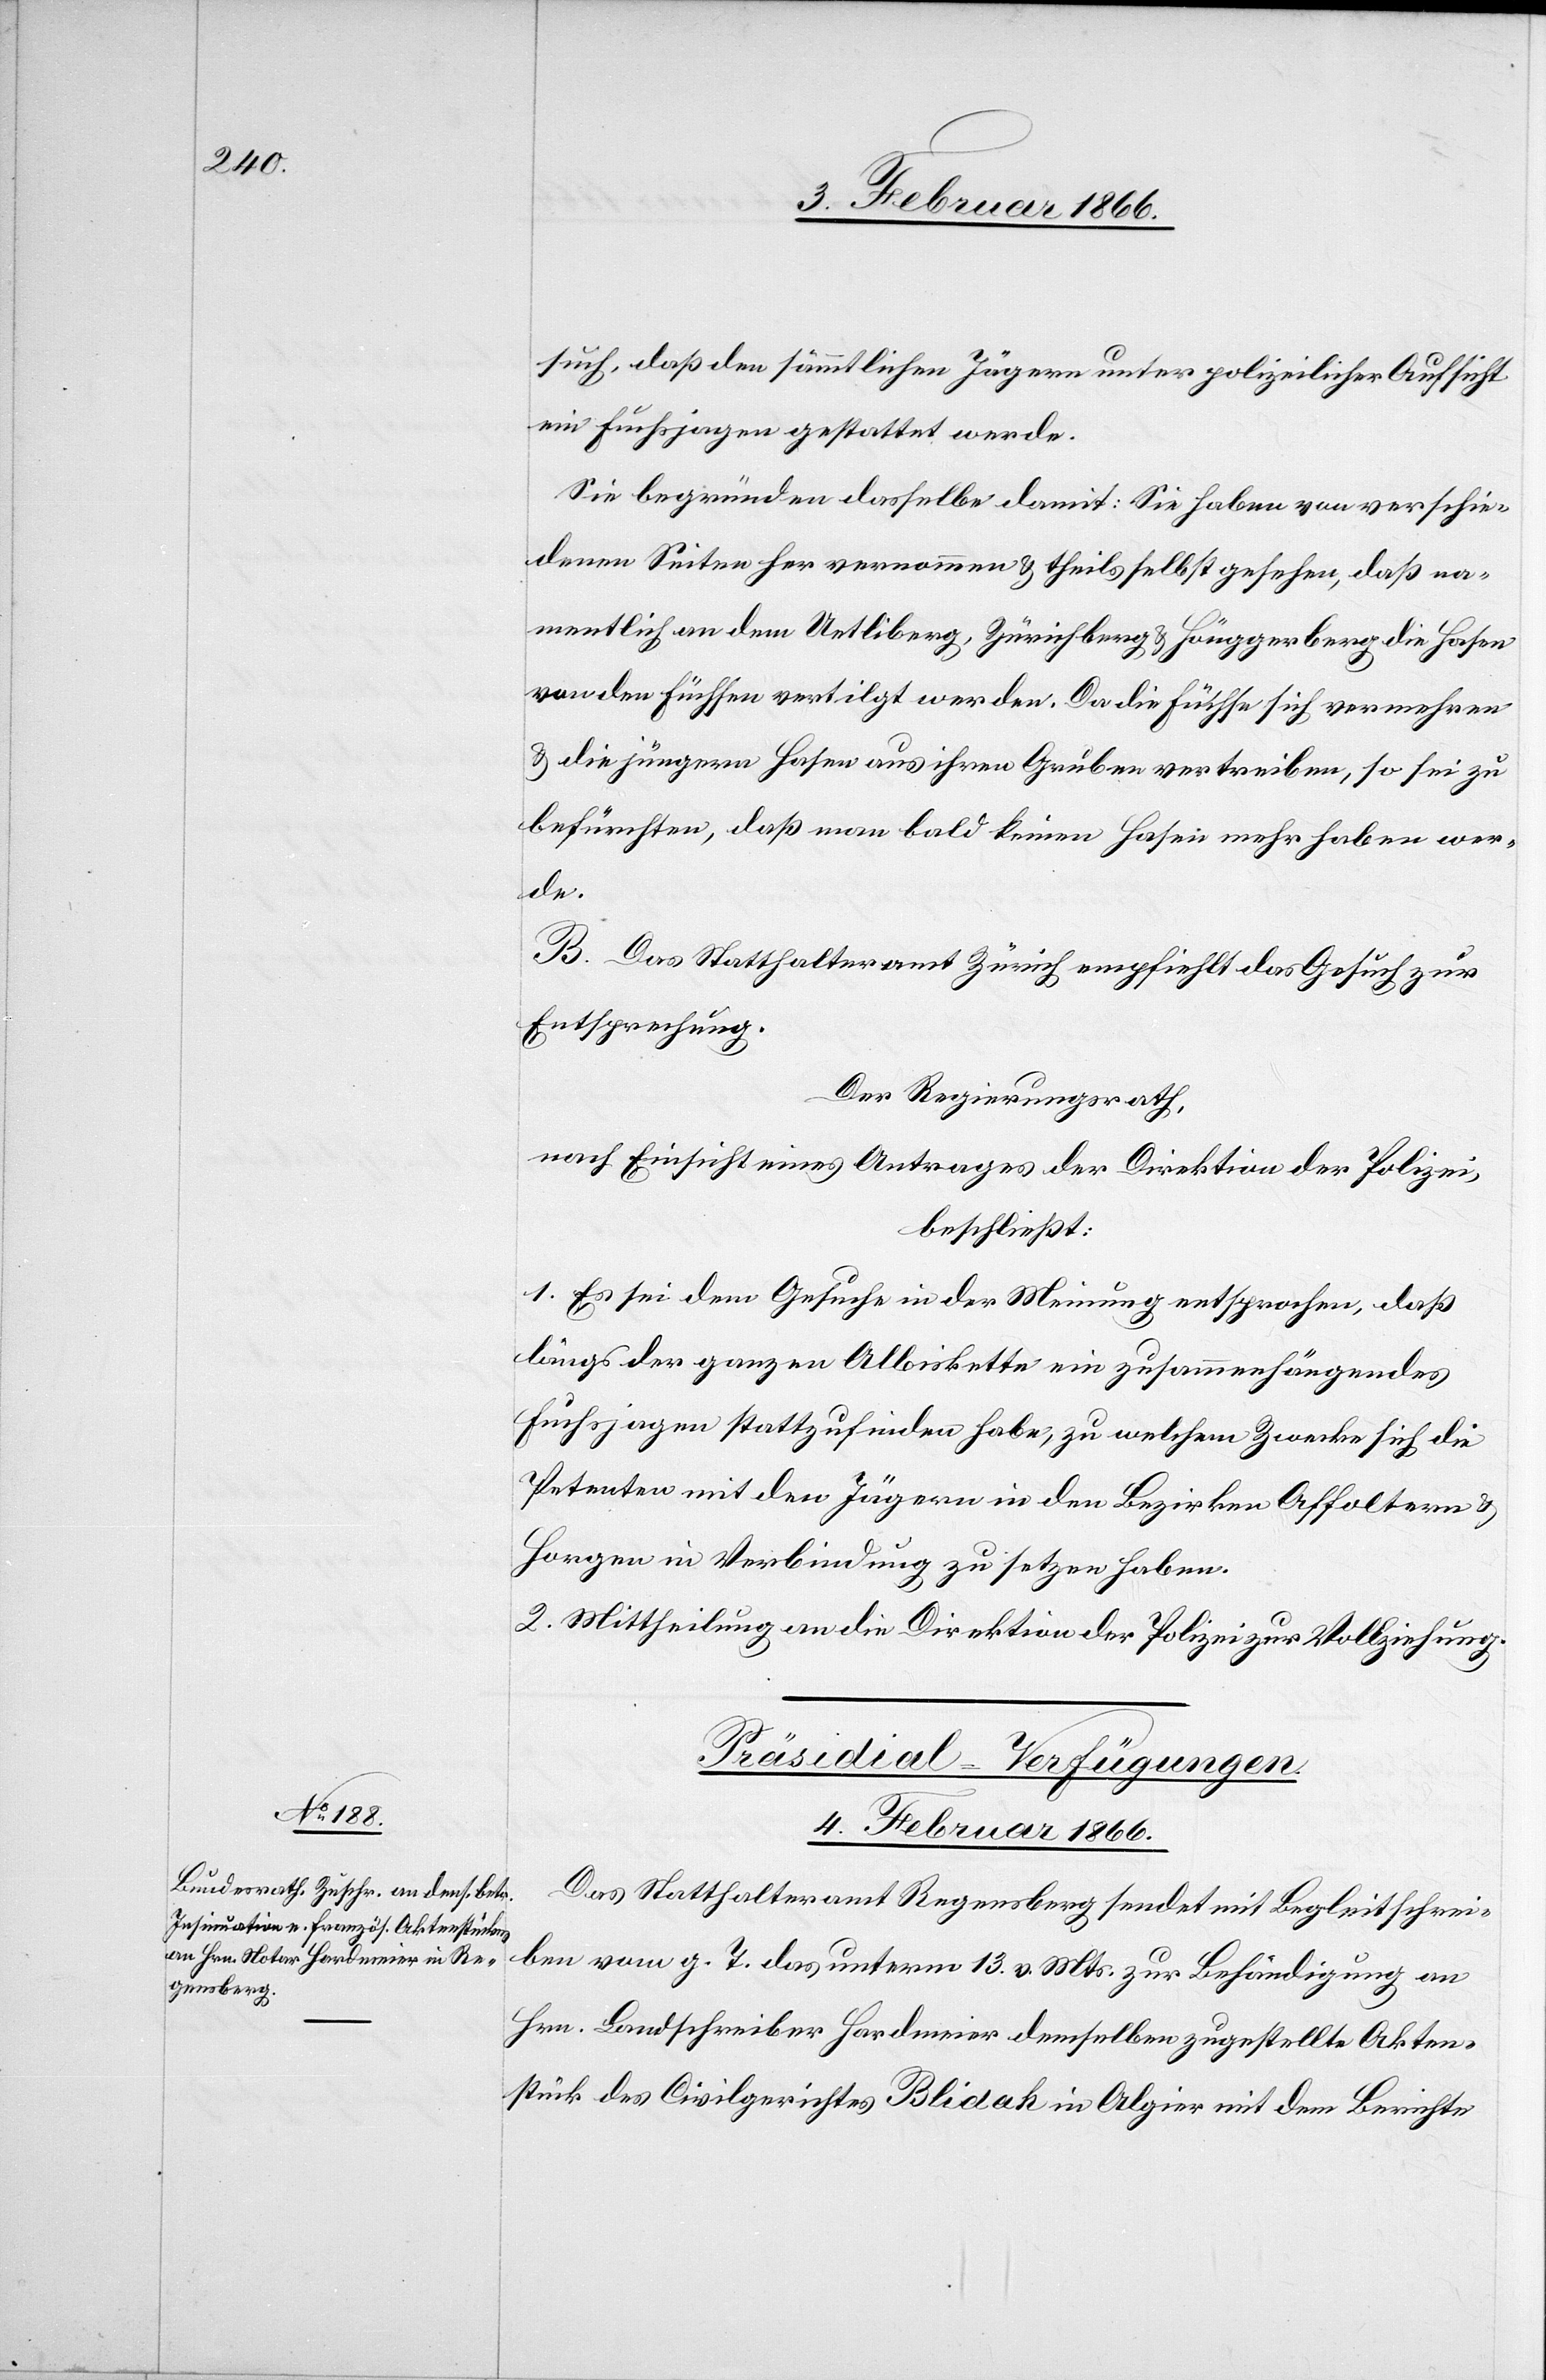
such, daß den sämmtlichen Jägern unter polizeilicher Aufsicht
ein Fuchsjagen gestattet werde.
Sie begründen dasselbe damit: Sie haben von verschie¬
denen Seiten her vernommen u. theils selbst gesehen, daß na¬
mentlich an dem Uetliberg, Zürichberg u. Hönggerberg die Hasen
von den Füchsen vertilgt werden. Da die Füchse sich vermehren
u. die jüngern Hasen aus ihren Gruben vertreiben, so sei zu
befürchten, daß man bald keinen Hasen mehr haben wer¬
de.
B. Das Statthalteramt Zürich empfiehlt das Gesuch zur
Entsprechung.
Der Regierungsrath,
nach Einsicht eines Antrages der Direktion der Polizei,
beschließt:
1. Es sei dem Gesuche in der Meinung entsprochen, daß
längs der ganzen Albiskette ein zusammenhängendes
Fuchsjagen stattzufinden habe, zu welchem Zwecke sich die
Petenten mit den Jägern in den Bezirken Affoltern u.
Horgen in Verbindung zu setzen haben.
2. Mittheilung an die Direktion der Polizei zur Vollziehung.
Präsidial-Verfügungen.
4. Februar 1866.
Das Statthalteramt Regensberg sendet mit Begleitschrei¬
ben vom g. T. das unterm 13. v. Mts. zur Behändigung an
Hrn. Landschreiber Hardmeier demselben zugestellte Akten¬
stück des Civilgerichtes Blidah in Algier mit dem Berichte